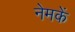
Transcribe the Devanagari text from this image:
नेमकें